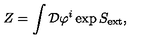
Z = \int { \cal D } \varphi ^ { i } \exp S _ { \mathrm { e x t } } ,